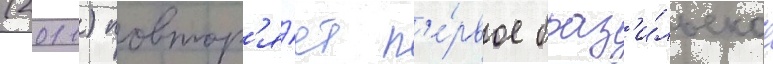
(2011) повтор'я́ет п'е́рвое браз'и́льское